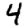
Digit: 4